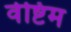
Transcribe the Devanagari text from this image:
वेष्टिम